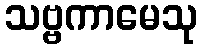
သဗ္ဗကာမေသု